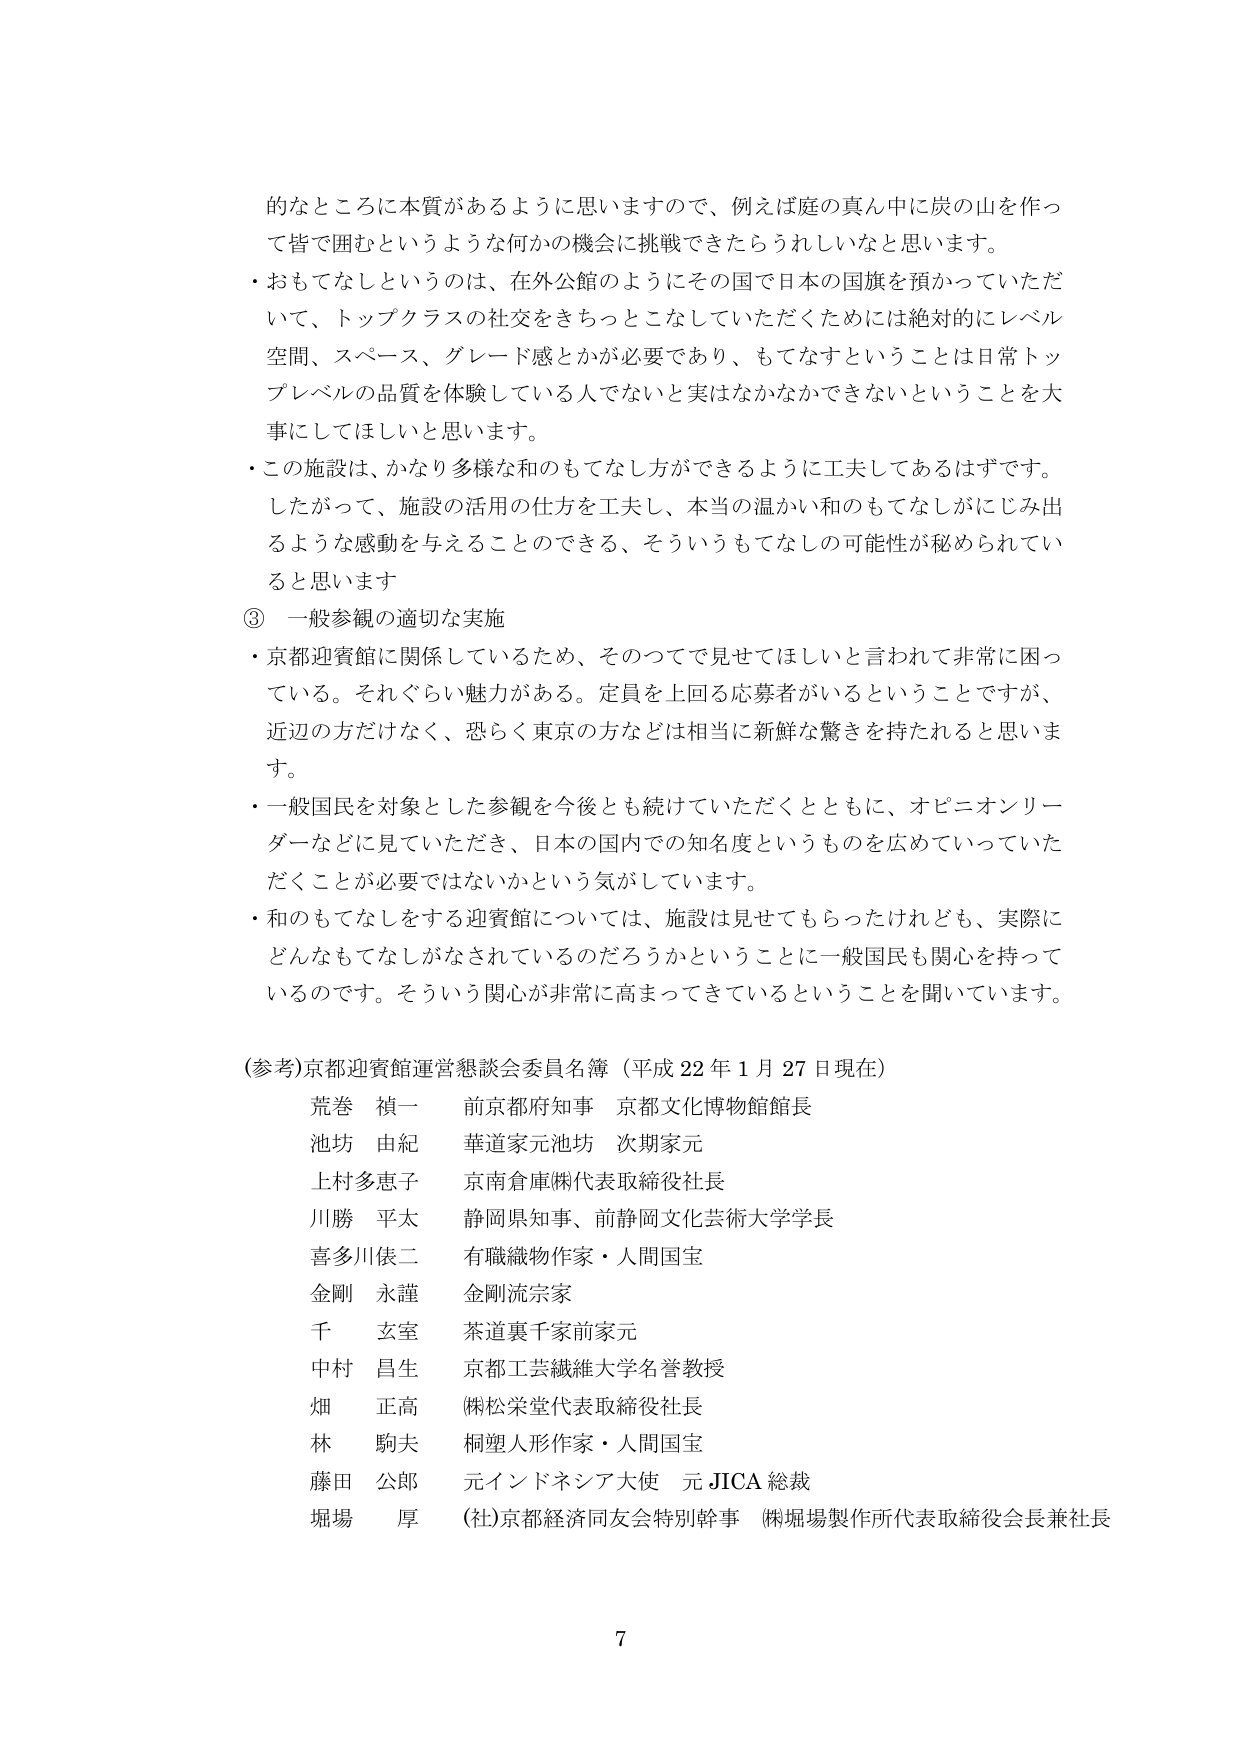
的なところに本質があるように思いますので、例えば庭の真ん中に炭の山を作っ
て皆で囲むというような何かの機会に挑戦できたらうれしいなと思います。
・おもてなしというのは、在外公館のようにその国で日本の国旗を預かっていただ
いて、トップクラスの社交をきちっとこなしていただくためには絶対的にレベル
空間、スペース、グレード感とかが必要であり、もてなすということは日常トッ
プレベルの品質を体験している人でないと実はなかなかできないということを大
事にしてほしいと思います。
・この施設は、かなり多様な和のもてなしができるように工夫してあるはずです。
したがって、施設の活用の仕方を工夫し、本当の温かい和のもてなしがにじみ出
るような感動を与えることのできる、そういうもてなしの可能性が秘められてい
ると思います
③ 一般参観の適切な実施
・京都迎賓館に関係しているため、そのつてで見せてほしいと言われて非常に困っ
ている。それぐらい魅力がある。定員を上回る応募者がいるということですが、
近辺の方だけなく、恐らく東京の方などは相当に新鮮な驚きを持たれると思いま
す。
・一般国民を対象とした参観を今後とも続けていただくとともに、オピニオンリー
ダーなどに見ていただき、日本の国内での知名度というものを広めていっていた
だくことが必要ではないかという気がしています。
・和のもてなしをする迎賓館については、施設は見せてもらったけれども、実際に
どんなもてなしがなされているのだろうかということに一般国民も関心を持って
いるのです。そういう関心が非常に高まってきているということを聞いています。

(参考)京都迎賓館運営懇談会委員名簿（平成22年1月27日現在）
荒巻 禎一 前京都府知事 京都文化博物館館長
池坊 由紀 華道家元池坊 次期家元
上村多恵子 京南倉庫㈱代表取締役社長
川勝 平太 静岡県知事、前静岡文化芸術大学学長
喜多川倭二 有職織物作家・人間国宝
金剛 永謹 金剛流宗家
千 玄室 茶道裏千家前家元
中村 昌生 京都工芸繊維大学名誉教授
畑 正高 ㈱松栄堂代表取締役社長
林 駒夫 桐塑人形作家・人間国宝
藤田 公郎 元インドネシア大使 元JICA総裁
堀場 厚 (社)京都経済同友会特別幹事 ㈱堀場製作所代表取締役会長兼社長

7